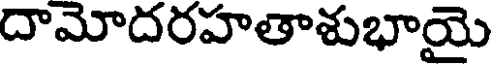
దామోదరహతాశుభాయై